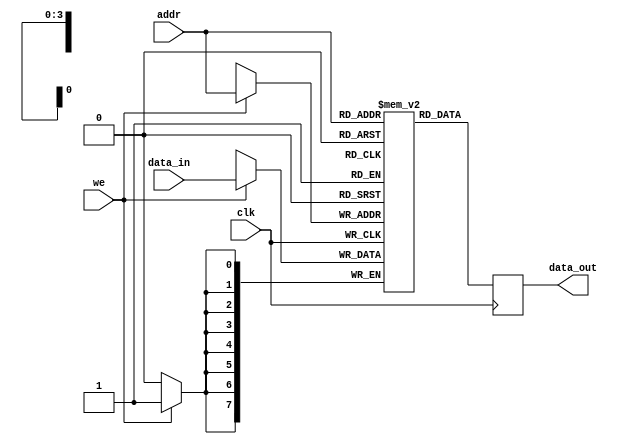
module parameterized_ram #(
    parameter DATA_WIDTH = 8,  // Width of the data bus
    parameter ADDR_WIDTH = 4   // Width of the address bus
) (
    input wire clk,                     // Clock signal
    input wire we,                      // Write enable signal
    input wire [ADDR_WIDTH-1:0] addr,  // Address input
    input wire [DATA_WIDTH-1:0] data_in,// Input data bus
    output reg [DATA_WIDTH-1:0] data_out // Output data bus
);

    // Memory array declaration
    reg [DATA_WIDTH-1:0] ram [0:(2**ADDR_WIDTH)-1];

    // Synchronous read/write operation
    always @(posedge clk) begin
        if (we) begin
            // Write operation
            ram[addr] <= data_in; // Non-blocking assignment for writing
        end
        // Read operation
        data_out <= ram[addr]; // Non-blocking assignment for reading
    end

    // Optional: Asynchronous reset logic can be added here if needed

endmodule